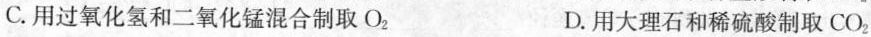
C.用过氧化氢和二氧化锰混合制取O_{2} D.用大理石和稀硫酸制取CO_{2}